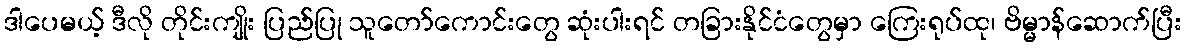
ဒါပေမယ့် ဒီလို တိုင်းကျိုး ပြည်ပြု သူတော်ကောင်းတွေ ဆုံးပါးရင် တခြားနိုင်ငံတွေမှာ ကြေးရုပ်ထု၊ ဗိမ္မာန်ဆောက်ပြီး